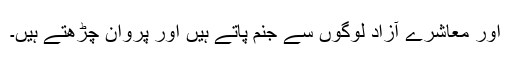
اور معاشرے آزاد لوگوں سے جنم پاتے ہیں اور پروان چڑھتے ہیں۔